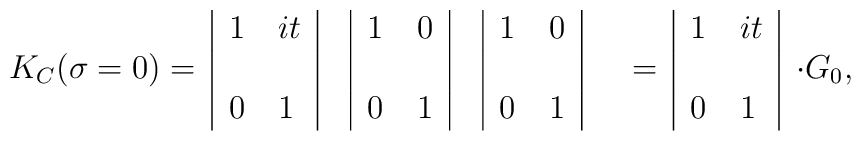
\begin{tabular}{c|ll|c|ll|c|ll|c}  & $1$ & $it$&&$1$&$0$&&$1$&$0$&\\$K_C(\sigma=0)=$&&&&&&&&&\\  & $0$ &$1$&&$0$&$1$&&$0$&$1$&\\\end{tabular}\\\begin{tabular}{c|ll|c}  & $1$ & $it$&\\$=$&&&$\cdot G_0$,\\  & $0$ &$1$&\\\end{tabular}\\